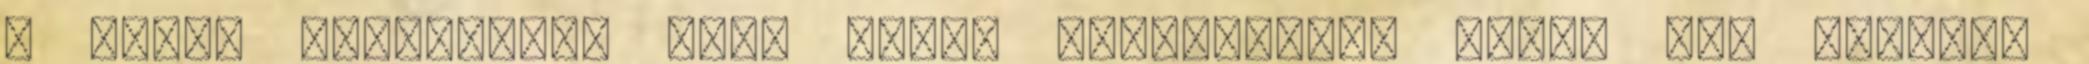
a Költő lábnyomát. Jövő órára mindenkitől kérek egy minimum